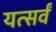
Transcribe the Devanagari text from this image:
यत्सर्वं